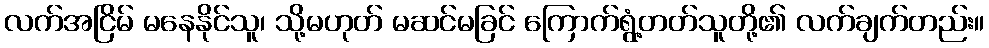
လက်အငြိမ် မနေနိုင်သူ၊ သို့မဟုတ် မဆင်မခြင် ကြောက်ရွံ့တတ်သူတို့၏ လက်ချက်တည်း။